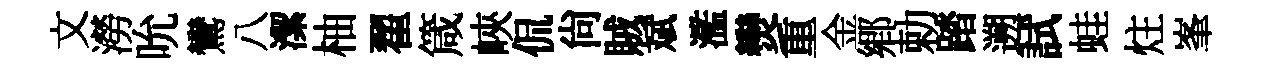
文澇吮鸞八潔柚翟箴峽侃尚賊斌濫𤓖重金郷勅踏遡試蛙炷峯